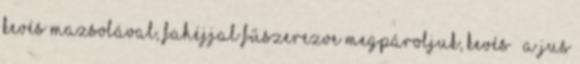
kevés mazsolával, fahéjjal fűszerezve megpároljuk, kevés – a jus